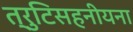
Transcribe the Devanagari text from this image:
त्रुटिसहनीयना